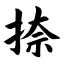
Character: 捺